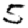
Digit: 5